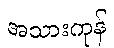
အသားကုန်